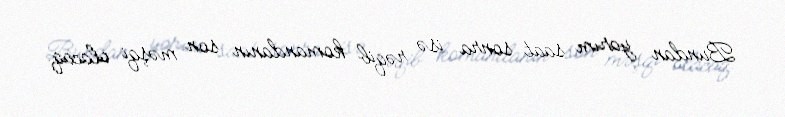
Bundan yarım saat sonra isə rəqib komandanın son məşqi olacaq.